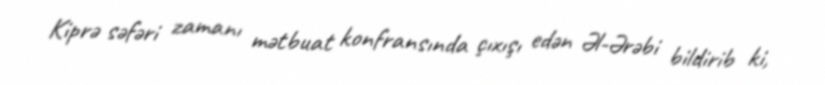
Kiprə səfəri zamanı mətbuat konfransında çıxışı edən Əl-Ərəbi bildirib ki,